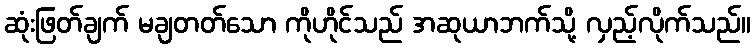
ဆုံးဖြတ်ချက် မချတတ်သော ကိုဟိုင်သည် အဆုယာဘက်သို့ လှည့်လိုက်သည်။